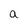
Character: a